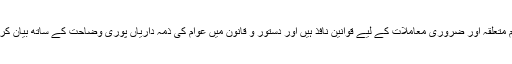
ملک میں تمام متعلقہ اور ضروری معاملات کے لیے قوانین نافذ ہیں اور دستور و قانون میں عوام کی ذمہ داریاں پوری وضاحت کے ساتھ بیان کر دی گئی ہیں۔